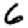
Digit: 6